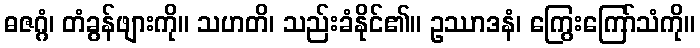
ဓဇဂ္ဂံ၊ တံခွန်ဖျားကို။ သဟတိ၊ သည်းခံနိုင်၏။ ဥဿာဒနံ၊ ကြွေးကြော်သံကို။